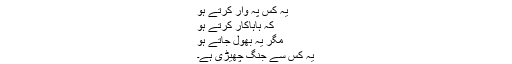
یہ کس پہ وار کرتے ہو
کہ ہاہاکار کرتے ہو
مگر یہ بھول جاتے ہو
یہ کس سے جنگ چھیڑی ہے۔